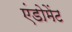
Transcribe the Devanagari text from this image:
एंडोमेंट